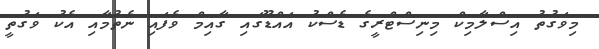
މިވަގުތު އިސްލާމިކް މިނިސްޓްރީގެ ޑެސްކު އަައްޑޫގައި ގާއިމް ވެފައި ނެތުމާއި އެކު ވަގުތީ